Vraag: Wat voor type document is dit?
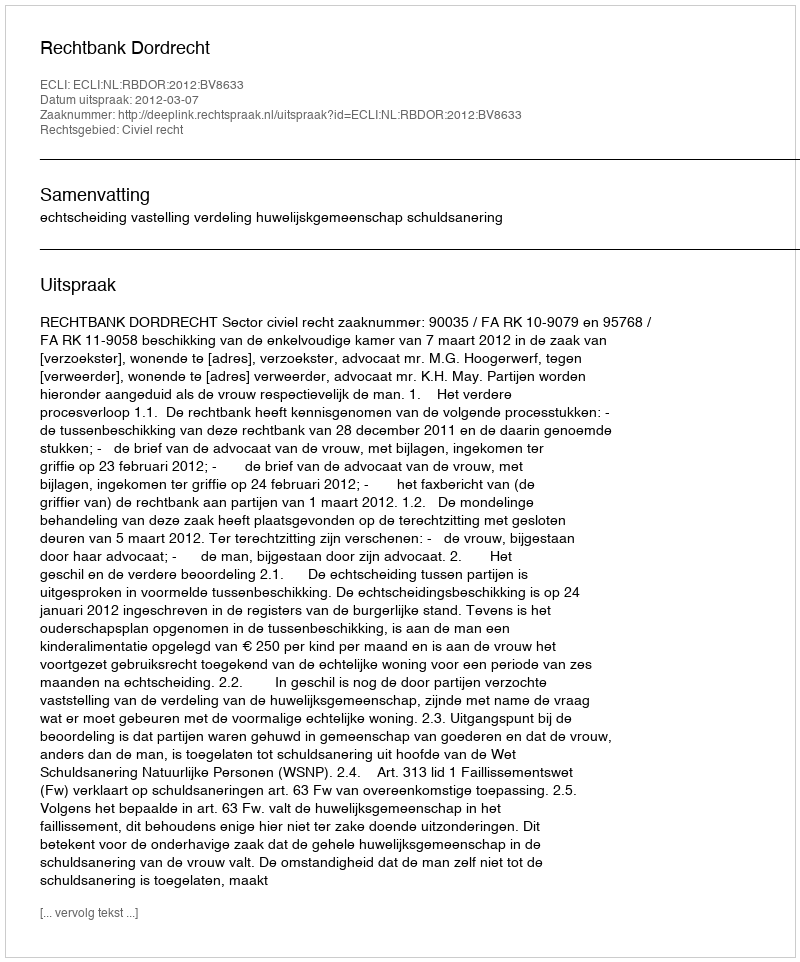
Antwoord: Uitspraak